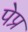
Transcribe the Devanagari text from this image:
पेप्र